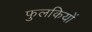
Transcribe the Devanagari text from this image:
फुलकियों